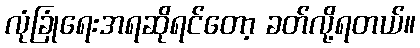
လုံခြုံရေးအရဆိုရင်တော့ ခတ်လို့ရတယ်။